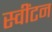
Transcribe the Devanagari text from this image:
स्वींटन